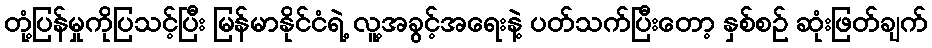
တုံ့ပြန်မှုကိုပြသင့်ပြီး မြန်မာနိုင်ငံရဲ့ လူ့အခွင့်အရေးနဲ့ ပတ်သက်ပြီးတော့ နှစ်စဉ် ဆုံးဖြတ်ချက်